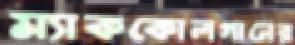
ম্যাককোলগানের